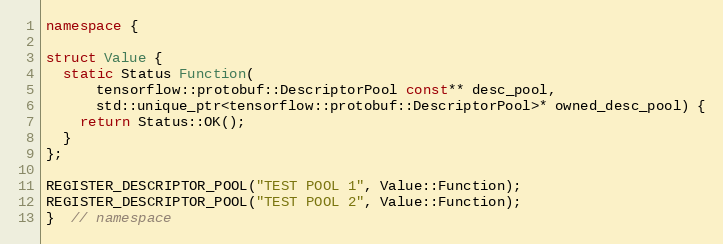
Language: C++
namespace {

struct Value {
  static Status Function(
      tensorflow::protobuf::DescriptorPool const** desc_pool,
      std::unique_ptr<tensorflow::protobuf::DescriptorPool>* owned_desc_pool) {
    return Status::OK();
  }
};

REGISTER_DESCRIPTOR_POOL("TEST POOL 1", Value::Function);
REGISTER_DESCRIPTOR_POOL("TEST POOL 2", Value::Function);
}  // namespace